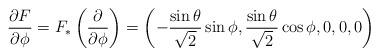
LaTeX: \begin{align*}\frac{\partial F}{\partial\phi}= F_{\ast}\left(\frac{\partial}{\partial\phi}\right)=\left(-\frac{\sin\theta}{\sqrt{2}}\sin\phi,\frac{\sin\theta}{\sqrt{2}}\cos\phi, 0, 0, 0\right) \end{align*}